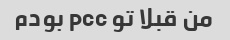
من قبلا تو pcc بودم